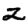
Digit: 2